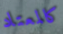
كالمعتاد